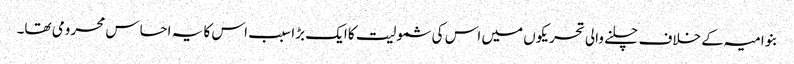
بنو امیہ کے خلاف چلنے والی تحریکوں میں اس کی شمولیت کا ایک بڑا سبب اس کا یہ احساس محرومی تھا۔